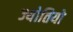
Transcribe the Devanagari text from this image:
ज्योतियो